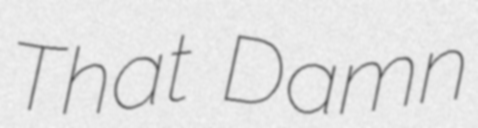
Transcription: That Damn